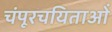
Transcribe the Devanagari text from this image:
चंपूरचयिताओं